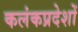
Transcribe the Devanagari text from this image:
कलंकप्रदेशों